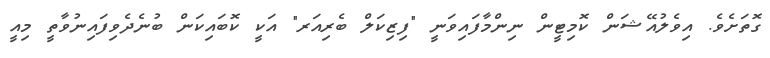
ގޮތަށެވެ. އިވެލުއޭޝަން ކޮމިޓީން ނިންމާފައިވަނީ "ފިޒިކަލް ބެރިއަރ" އަކީ ކޮބައިކަން ބުނެދެވިފައިނުވާތީ މިއީ